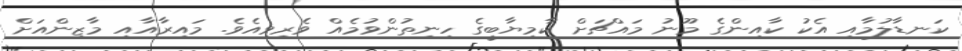
ކަނޑާލުމާއި އެކު ކާއިންގެ މޫނު މައްޗަށް ކާމިޔާބީގެ ހިނިތުންވުމެއް ވެރިވިއެވެ. މައިރާއާއި މާޒިންއަށް